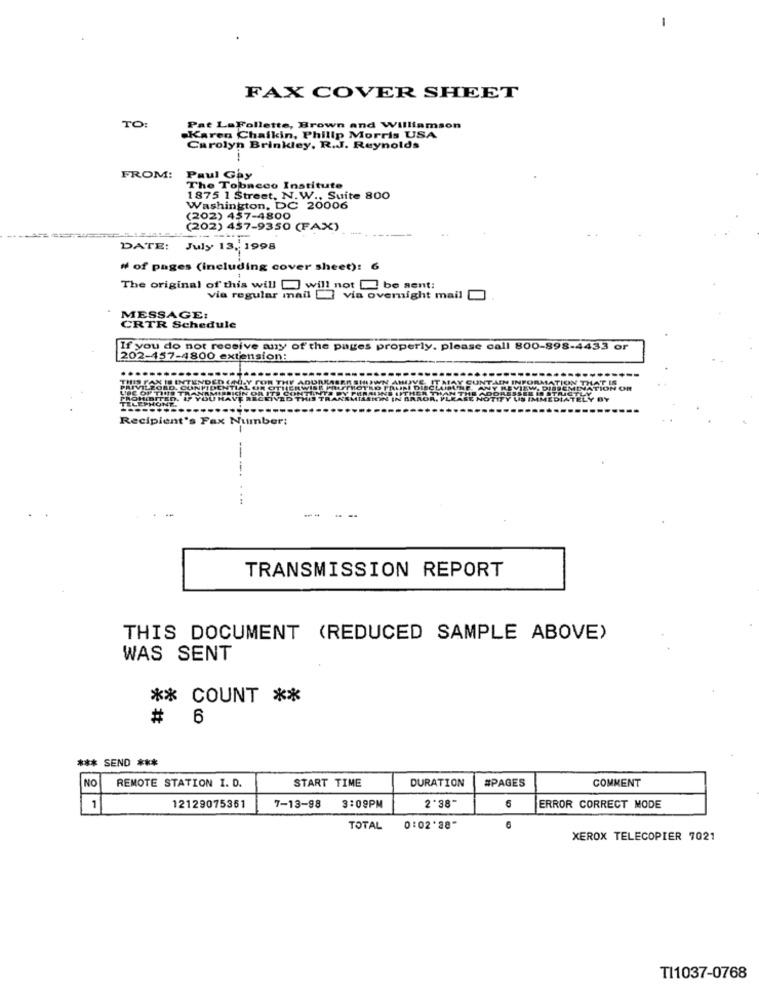
-
FAX COVER SHEET
TO:
Pat LaFollette, Brown and Williamson
Karen Chaikin, Philip Morris USA
Carolyn Brinkley, R.J. Reynolds
FROM:
Paul Gay
The Tobacco Institute
1875 1 Street, N.W
et. N.W ., Suite 800
Washington, DC 20006
(202) 457-4800
(202) 457-9350 (FAX)
DATE: July 13, 1998
# of pages (including cover sheet): 6
The original of this will [ will not be sent:
via regular mail " via overnight mail
MESSAGE:
CRTR Schedule
If you do not receive any of the pages properly. please call 800-898-4433 or
202-457-4800 extension:
INFO
UNT-M
TION OR
Recipient's Fax Number:
-
TRANSMISSION REPORT
THIS DOCUMENT (REDUCED SAMPLE ABOVE)
WAS SENT
** COUNT **
# 6
*** SEND ***
NO
REMOTE STATION I. D.
START TIME
DURATION
#PAGES
COMMENT
2 '38"
1
12129075351
7-13-98
3:09PM
6
ERROR CORRECT MODE
TOTAL
0:02*38"
6
XEROX TELECOPIER 7021
TI1037-0768